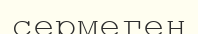
сермеген